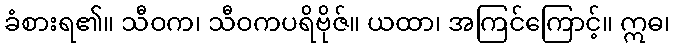
ခံစားရ၏။ သီဝက၊ သီဝကပရိဗိုဇ်။ ယထာ၊ အကြင်ကြောင့်။ ဣဓ၊